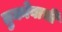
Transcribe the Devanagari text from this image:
तुकोबाची